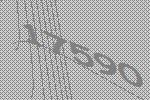
17590